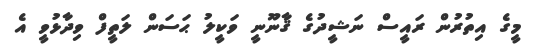
މީގެ އިތުރުން ރައީސް ނަޝީދުގެ ޤާނޫނީ ވަކީލު ޙަސަން ލަތީފް ވިދާޅުވީ އެ